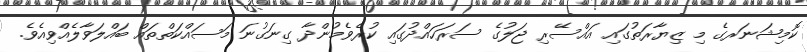
ކޮމިޝަނަރގެ މި ޒިޔާރަތުގައި އައްސޭރި ޖަލުގެ ސަރަހައްދުގައި ކުރެވެމުންދާ ގިނަގުނަ މަސައްކަތްތައް ބައްލަވާލެއްވިއެވެ.